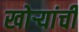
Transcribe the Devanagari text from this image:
खोऱ्यांची